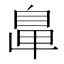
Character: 𦤓